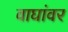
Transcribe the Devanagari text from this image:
वाघांवर